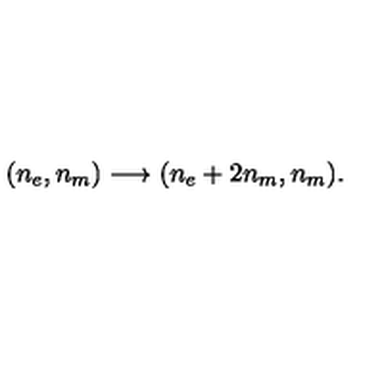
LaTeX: ( n _ { e } , n _ { m } ) \longrightarrow ( n _ { e } + 2 n _ { m } , n _ { m } ) .